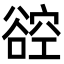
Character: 谾